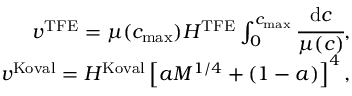
\begin{array} { r } { v ^ { \mathrm { T F E } } = \mu ( c _ { \mathrm { m a x } } ) H ^ { \mathrm { T F E } } \int _ { 0 } ^ { c _ { \mathrm { m a x } } } \cfrac { \mathrm { d } c } { \mu ( c ) } , } \\ { v ^ { \mathrm { K o v a l } } = H ^ { \mathrm { K o v a l } } \left[ a M ^ { 1 / 4 } + ( 1 - a ) \right] ^ { 4 } , } \end{array}